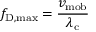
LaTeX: f _ { \mathrm { { D , m a x } } } = { \frac { v _ { \mathrm { { m o b } } } } { \lambda _ { \mathrm { { c } } } } }